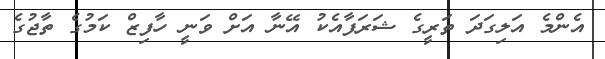
އެންމެ އަލިގަދަ ތަރީގެ ޝަރަފާއެކު އޭނާ އަށް ވަނީ ހާފިޒް ކަމުގެ ތާޖުގެ